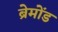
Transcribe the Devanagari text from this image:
ब्रेमोंड